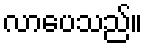
လာပေသည်။